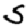
Digit: 5